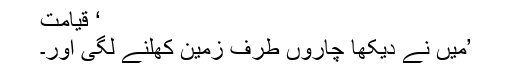
‘ قیامت
’میں نے دیکھا چاروں طرف زمین کھلنے لگی اور۔